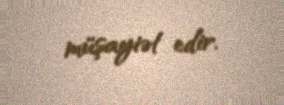
müşayiət edir.